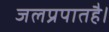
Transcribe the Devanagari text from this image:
जलप्रपातहै।